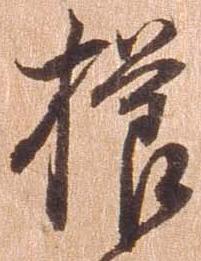
櫛